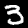
Label: 3